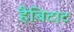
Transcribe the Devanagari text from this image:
हैबिटाट